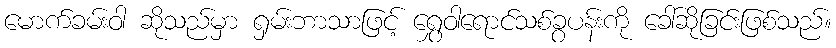
မောက်ခမ်းဝါ ဆိုသည်မှာ ရှမ်းဘာသာဖြင့် ရွှေဝါရောင်သစ်ခွပန်းကို ခေါ်ဆိုခြင်းဖြစ်သည်။